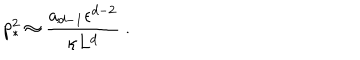
p _ { * } ^ { 2 } \approx { \frac { a _ { d - 1 } \epsilon ^ { d - 2 } } { \kappa L ^ { d } } } ~ .